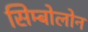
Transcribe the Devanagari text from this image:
सिम्बोलोन